Indian journal of veterinary science and animal husbandry - Volume 1,
Year: 1931
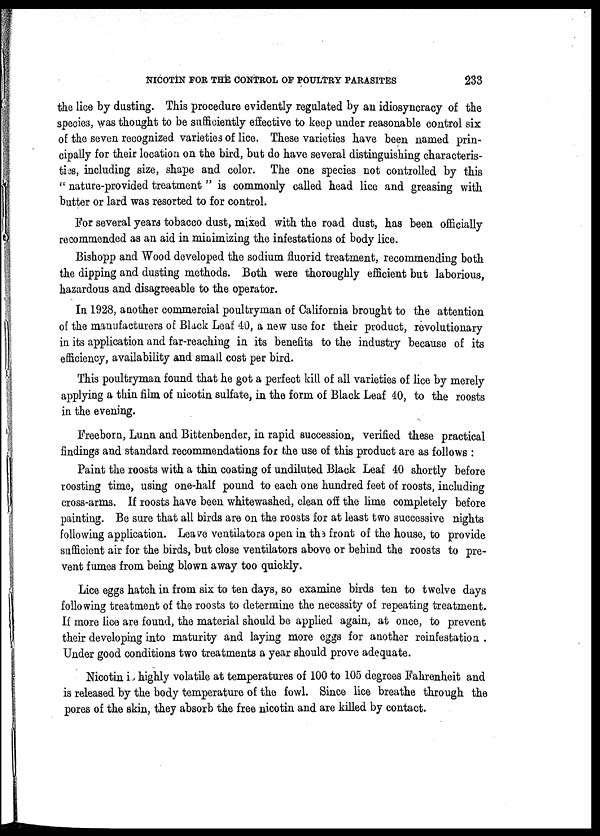
NICOTIN FOR THE CONTROL OF POULTRY PARASITES
233
the lice by dusting. This procedure evidently regulated by an idiosyncracy of the
species, was thought to be sufficiently effective to keep under reasonable control six
of the seven recognized varieties of lice. These varieties have been named prin-
cipally for their location on the bird, but do have several distinguishing characteris-
ties, including size, shape and color. The one species not controlled by this
" nature-provided treatment " is commonly called head lice and greasing with
butter or lard was resorted to for control.
For several years tobacco dust, mixed with the road dust, has been officially
recommended as an aid in minimizing the infestations of body lice.
Bishopp and Wood developed the sodium fluorid treatment, recommending both
the dipping and dusting methods. Both were thoroughly efficient but laborious,
hazardous and disagreeable to the operator.
In 1928, another commercial poultryman of California brought to the attention
of the manufacturers of Black Leaf 40, a new use for their product, revolutionary
in its application and far-reaching in its benefits to the industry because of its
efficiency, availability and small cost per bird.
This poultryman found that he got a perfect kill of all varieties of lice by merely
applying a thin film of nicotin sulfate, in the form of Black Leaf 40, to the roosts
in the evening.
Freeborn, Lunn and Bittenbender, in rapid succession, verified these practical
findings and standard recommendations for the use of this product are as follows :
Paint the roosts with a thin coating of undiluted Black Leaf 40 shortly before
roosting time, using one-half pound to each one hundred feet of roosts, including
cross-arms. If roosts have been whitewashed, clean off the lime completely before
painting. Be sure that all birds are on the roosts for at least two successive nights
following application. Leave ventilators open in the front of the house, to provide
sufficient air for the birds, but close ventilators above or behind the roosts to pre-
vent fumes from being blown away too quickly.
Lice eggs hatch in from six to ten days, so examine birds ten to twelve days
following treatment of the roosts to determine the necessity of repeating treatment.
If more lice are found, the material should be applied again, at once, to prevent
their developing into maturity and laying more eggs for another reinfestation .
Under good conditions two treatments a year should prove adequate.
Nicotin is highly volatile at temperatures of 100 to 105 degrees Fahrenheit and
is released by the body temperature of the fowl. Since lice breathe through the
pores of the skin, they absorb the free nicotin and are killed by contact.